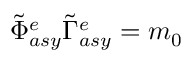
\tilde { \Phi } _ { a s y } ^ { e } \tilde { \Gamma } _ { a s y } ^ { e } = m _ { 0 }